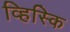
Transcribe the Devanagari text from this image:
व्हिस्कि